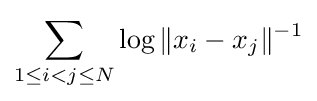
\sum _{1\leq i<j\leq N}\log \|x_{i}-x_{j}\|^{-1}